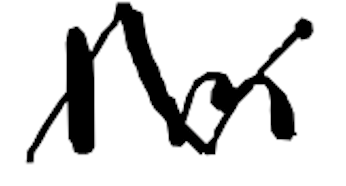
Text: I'm
Cross-out: zig-zag
Writing tool: digital_black